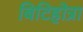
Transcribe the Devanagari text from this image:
बिटिहोत्रा